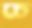
চে